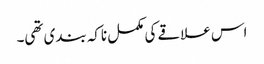
اس علاقے کی مکمل ناکہ بندی تھی۔